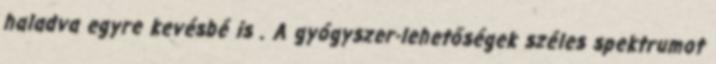
haladva egyre kevésbé is . A gyógyszer-lehetőségek széles spektrumot